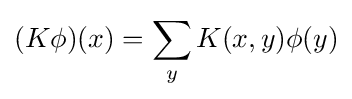
(K\phi )(x)=\sum _{y}K(x,y)\phi (y)